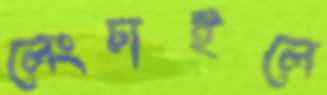
লেংচাইলে